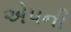
એપની